Scottish Leaving Certificate Examination, 1961
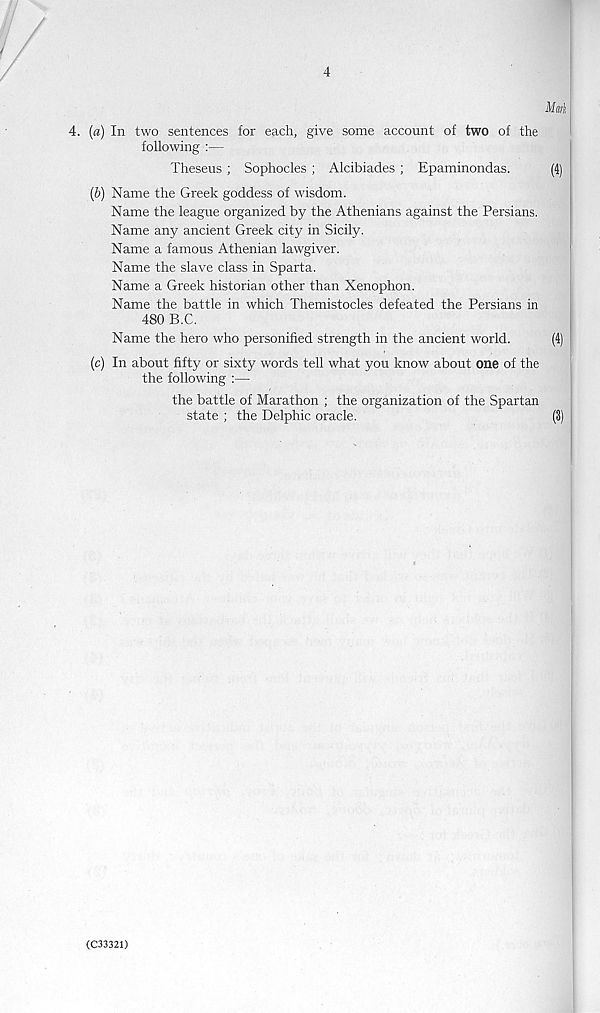
/
Mini
4. (a) In two sentences for each, give some account of two of the
following :—
Theseus ; Sophocles ; Alcibiades ; Epaminondas.
(4)
(b) Name the Greek goddess of wisdom.
Name the league organized by the Athenians against the Persians.
Name any ancient Greek city in Sicily.
Name a famous Athenian lawgiver.
Name the slave class in Sparta.
Name a Greek historian other than Xenophon.
Name the battle in which Themistocles defeated the Persians in
480 B.C.
Name the hero who personified strength in the ancient world.
(4)
(c) In about fifty or sixty words tell what you know about one of the
the following :—
the battle of Marathon ; the organization of the Spartan
state ; the Delphic oracle.
(3)
(C33321)